Report of the Indian Hemp Drugs Commission, 1894-1895 - Volume III
Year: 1894
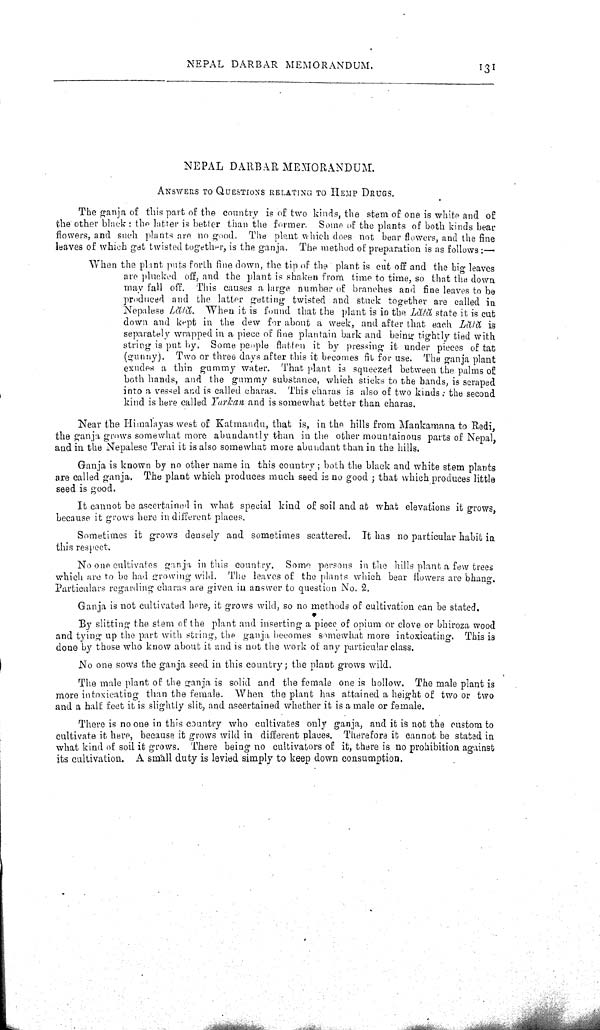
NEPAL DARBAR MEMORANDUM.
131
NEPAL DARBAR MEMORANDUM.
ANSWERS TO QUESTIONS RELATING TO HEMP DRUGS.
The ganja of this part of the country is of two kinds, the stem of one is white and of
the other black: the latter is better than the former. Some of the plants of both kinds bear
flowers, and such plants are no good. The plant which does not bear flowers, and the fine
leaves of which get twisted together, is the ganja. The method of preparation is as follows:—
When the plant puts forth fine down, the tip of the plant is cut off and the big leaves
are plucked off, and the plant is shaken from time to time, so that the down
may fall off. This causes a large number of branches and fine leaves to be
produced and the latter getting twisted and stuck together are called in
Nepalese Lǎtǎ When it is found that the plant is in the Lǎtǎ state it is cut
down and kept in the dew for about a week, and after that each Lǎtǎ is
separately wrapped in a piece of fine plantain bark and being tightly tied with
string is put by. Some people flatten it by pressing it under pieces of tat
(gunny). Two or three days after this it becomes fit for use. The ganja plant
exudes a thin gummy water. That plant is squeezed between the palms of
both hands, and the gummy substance, which sticks to the bands, is scraped
into a vessel and is called charas. This charas is also of two kinds: the second
kind is here called Yarkan and is somewhat better than charas.
Near the Himalayas west of Katmandu, that is, in the hills from Mankamana to Redi,
the ganja grows somewhat more abundantly than in the other mountainous parts of Nepal,
and in the Nepalese Terai it is also somewhat more abundant than in the hills.
Ganja is known by no other name in this country; both the black and white stem plants
are called ganja. The plant which produces much seed is no good; that which produces little
seed is good.
It cannot be ascertained in what special kind of soil and at what elevations it grows,
because it grows here in different places.
Sometimes it grows densely and sometimes scattered. It has no particular habit in
this respect.
No one cultivates ganja in this country. Some persons in the hills plant a few trees
which are to be had growing wild. The leaves of the plants which bear flowers are bhang.
Particulars regarding charas are given in answer to question No. 2.
Ganja is not cultivated here, it grows wild, so no methods of cultivation can be stated.
By slitting the stem of the plant and inserting a piece of opium or clove or bhiroza wood
and tying up the part with string, the ganja becomes somewhat more intoxicating. This is
done by those who know about it and is not the work of any particular class.
No one sows the ganja seed in this country; the plant grows wild.
The male plant of the ganja is solid and the female one is hollow. The male plant is
more intoxicating than the female. When the plant has attained a height of two or two
and a half feet it is slightly slit, and ascertained whether it is a male or female.
There is no one in this country who cultivates only ganja, and it is not the custom to
cultivate it here, because it grows wild in different places. Therefore it cannot be stated in
what kind of soil it grows. There being no cultivators of it, there is no prohibition against
its cultivation. A small duty is levied simply to keep down consumption.